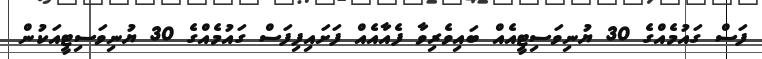
ފަސް ގައުމެއްގެ 30 ޔުނިވަސިޓީއެއް ބައިވެރިވާ ފެއާއެއް ފަށައިފިފަސް ގައުމެއްގެ 30 ޔުނިވަސިޓީއަކުން